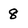
Character: 8